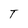
Character: T